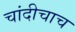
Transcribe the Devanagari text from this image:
चांदीचाच